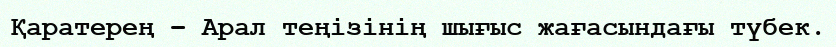
Қаратерең – Арал теңізінің шығыс жағасындағы түбек.